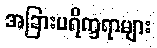
အခြားပရိက္ခရာများ